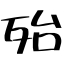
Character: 殆